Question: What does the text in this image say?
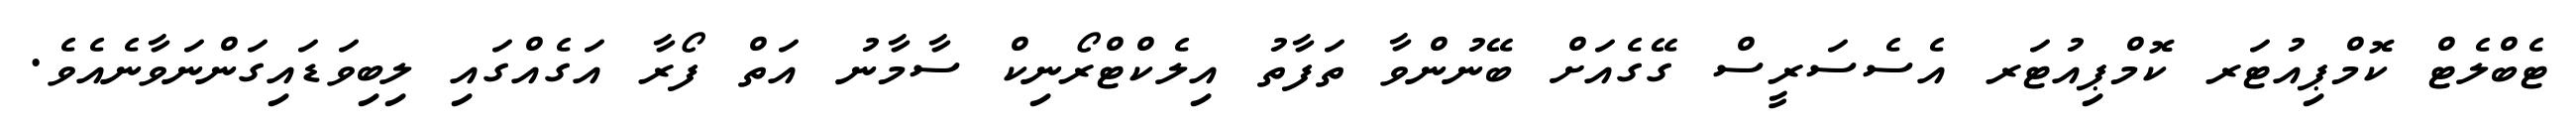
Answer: ޓެބްލެޓް ކޮމްޕިއުޓަރ ކޮމްޕިއުޓަރ އެސެސަރީސް ގޭގެއަށް ބޭނުންވާ ތަފާތު އިލެކްޓްރޯނިކް ސާމާނު އަތް ފޯރާ އަގެއްގައި ލިބިވަޑައިގަންނަވާނެއެވެ.